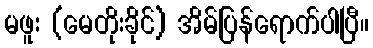
မဖူး (မေတိုးခိုင်) အိမ်ပြန်ရောက်ပါပြီ။